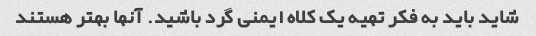
شاید باید به فکر تهیه یک کلاه ایمنی گرد باشید. آنها بهتر هستند